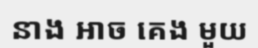
នាង អាច គេង មួយ